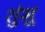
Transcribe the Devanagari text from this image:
शुंभू